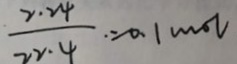
\frac { 2 . 2 4 } { 2 2 . 4 } = 0 . 1 m o l